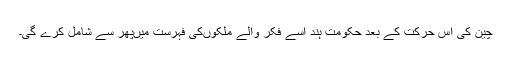
چین کی اس حرکت کے بعد حکومت ہند اسے فکر والے ملکوںکی فہرست میںپھر سے شامل کرے گی۔